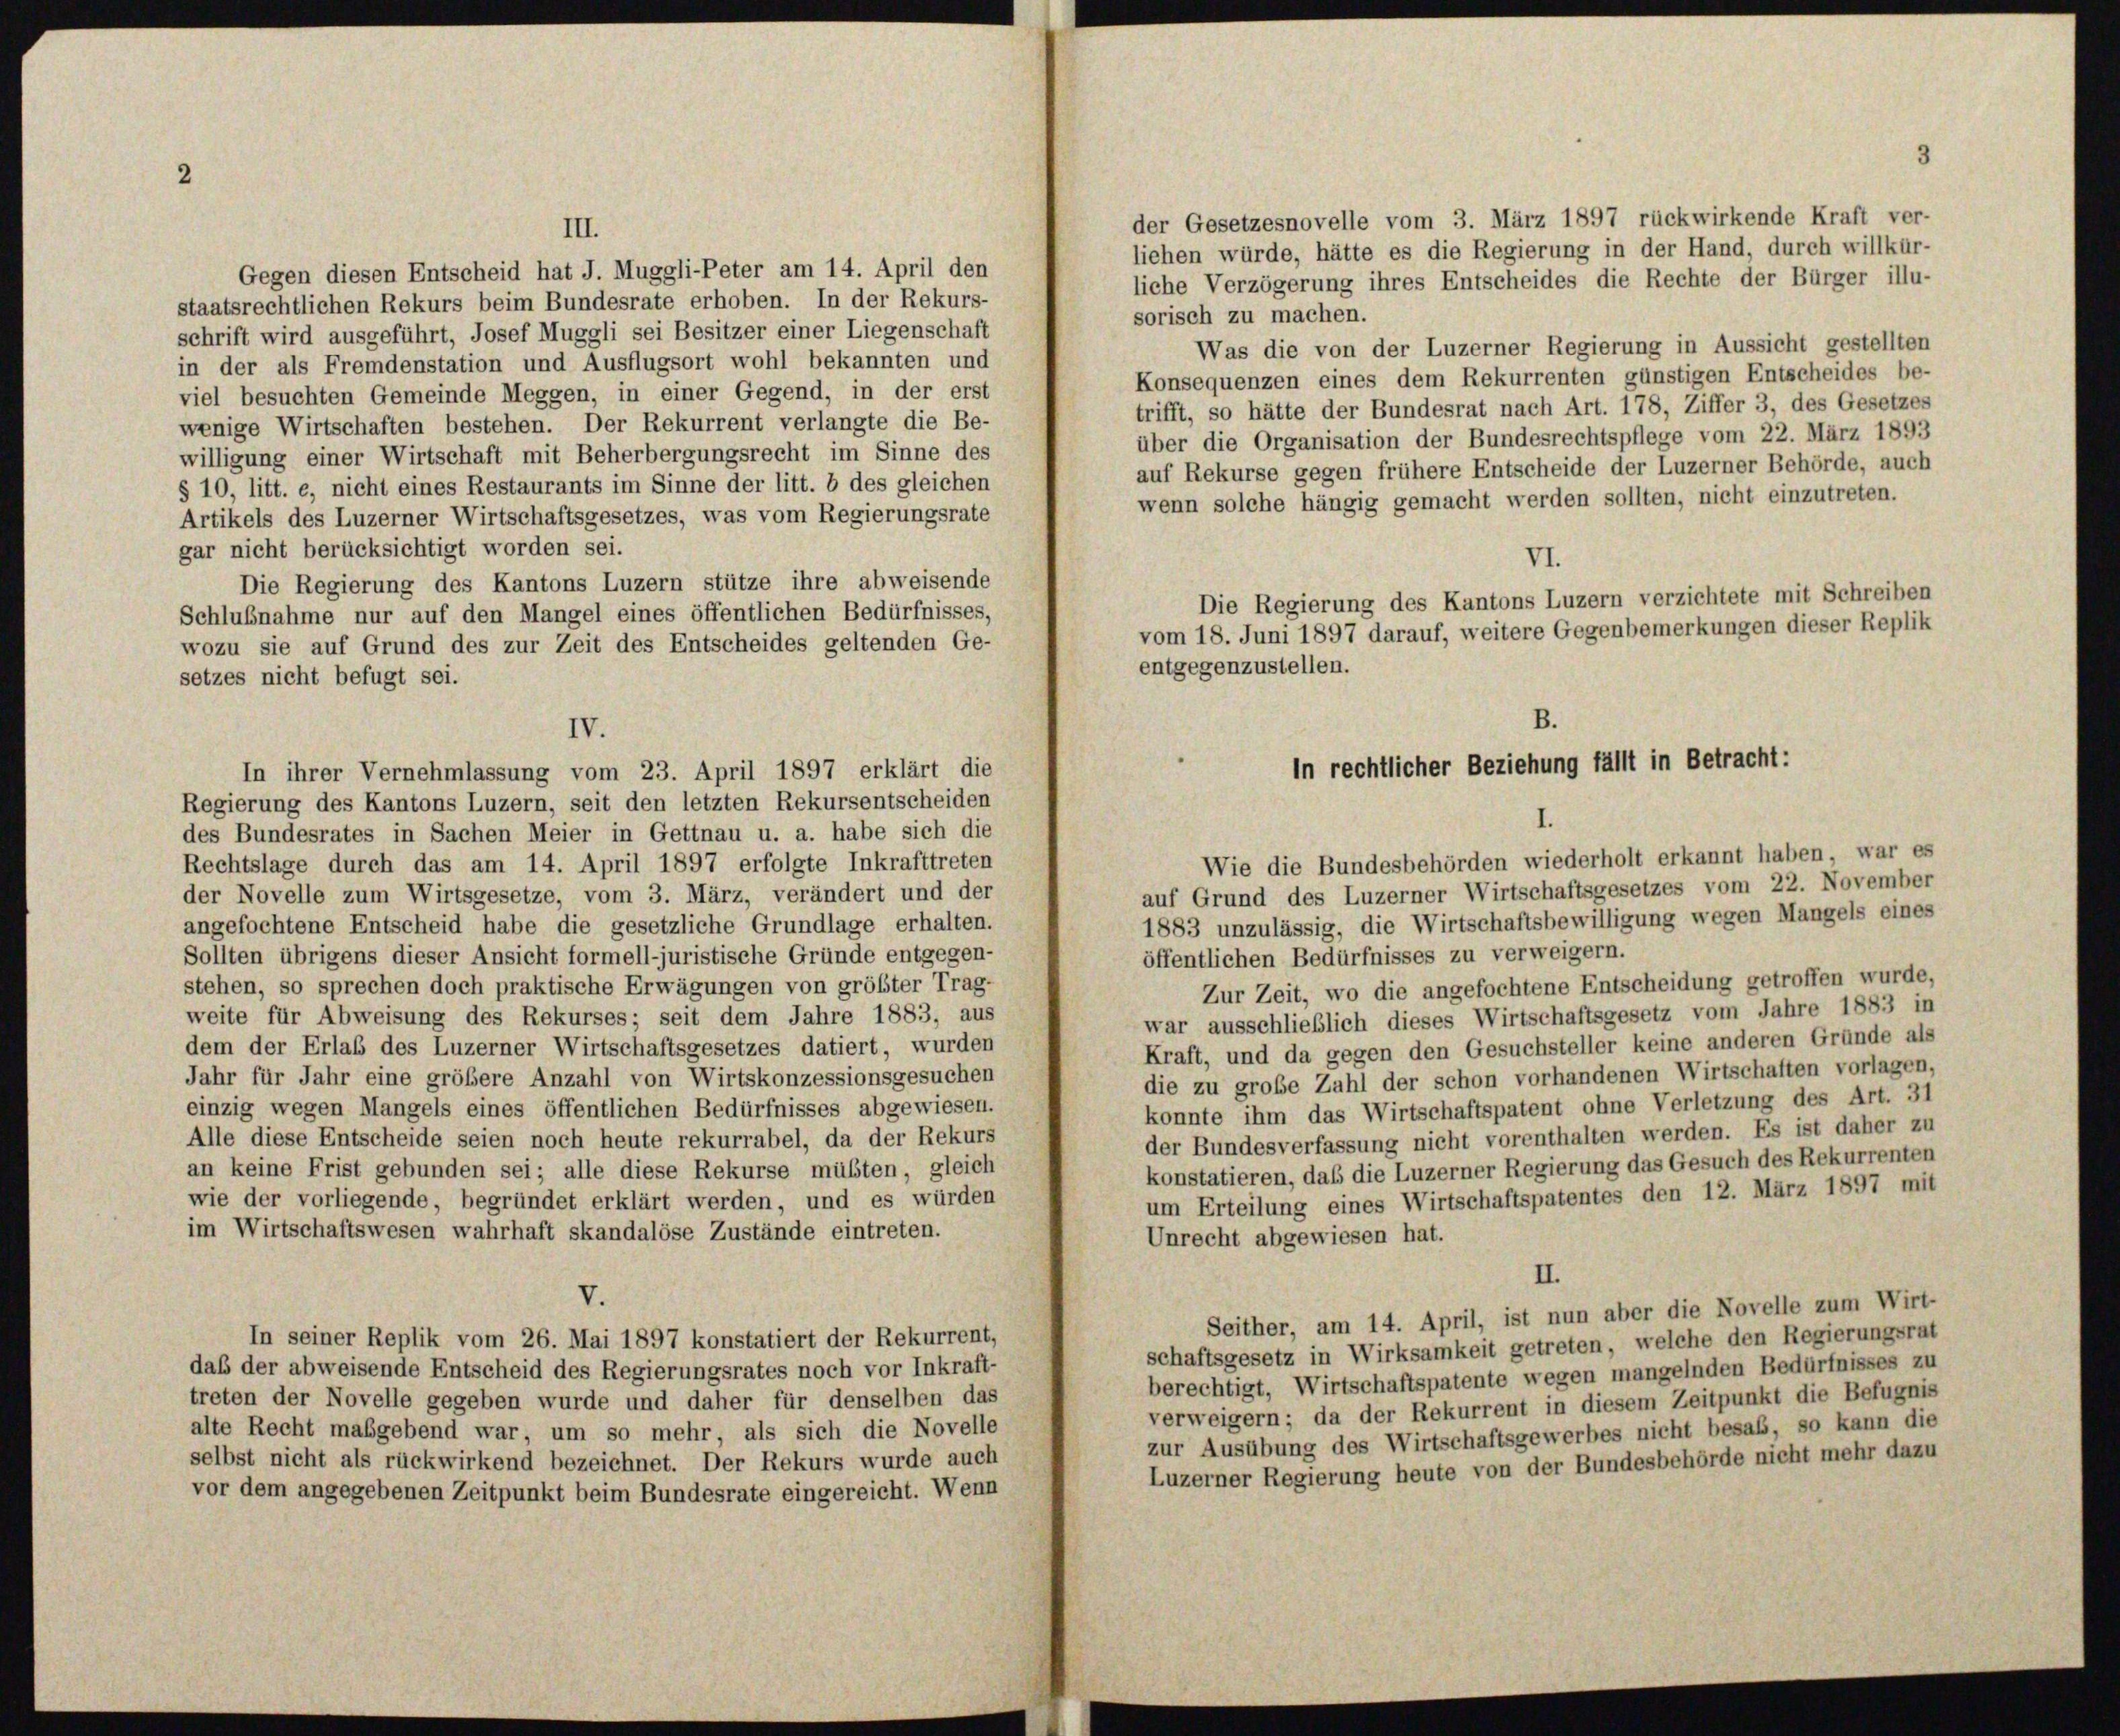
2

der Gesetzesnovelle vom 3. März 1897 rückwirkende Kraft ver-
III.
liehen würde, hätte es die Regierung in der Hand, durch willkür-
Gegen diesen Entscheid hat J. Muggli-Peter am 14. April den
liche Verzögerung ihres Entscheides die Rechte der Bürger illu-
staatsrechtlichen Rekurs beim Bundesrate erhoben. In der Rekurs-
sorisch zu machen.
schrift wird ausgeführt, Josef Muggli sei Besitzer einer Liegenschaft
Was die von der Luzerner Regierung in Aussicht gestellten
in der als Fremdenstation und Ausflugsort wohl bekannten und
Konsequenzen eines dem Rekurrenten günstigen Entscheides be-
viel besuchten Gemeinde Meggen, in einer Gegend, in der erst
trifft, so hätte der Bundesrat nach Art. 178, Ziffer 3, des Gesetzes
wenige Wirtschaften bestehen. Der Rekurrent verlangte die Be-
über die Organisation der Bundesrechtspflege vom 22. März 1893
willigung einer Wirtschaft mit Beherbergungsrecht im Sinne des
auf Rekurse gegen frühere Entscheide der Luzerner Behörde, auch
§ 10, litt. e, nicht eines Restaurants im Sinne der litt. b des gleichen
wenn solche hängig gemacht werden sollten, nicht einzutreten.
Artikels des Luzerner Wirtschaftsgesetzes, was vom Regierungsrate
gar nicht berücksichtigt worden sei.
VI.
Die Regierung des Kantons Luzern stütze ihre abweisende
Die Regierung des Kantons Luzern verzichtete mit Schreiben
Schlußnahme nur auf den Mangel eines öffentlichen Bedürfnisses,
vom 18. Juni 1897 darauf, weitere Gegenbemerkungen dieser Replik
wozu sie auf Grund des zur Zeit des Entscheides geltenden Ge-
entgegenzustellen.
setzes nicht befugt sei.
IV.
In ihrer Vernehmlassung vom 23. April 1897 erklärt die
Regierung des Kantons Luzern, seit den letzten Rekursentscheiden
des Bundesrates in Sachen Meier in Gettnau u. a. habe sich die
Wie die Bundesbehörden wiederholt erkannt haben, war es
Rechtslage durch das am 14. April 1897 erfolgte Inkrafttreten
auf Grund des Luzerner Wirtschaftsgesetzes vom 22. November
der Novelle zum Wirtsgesetze, vom 3. März, verändert und der
1883 unzulässig, die Wirtschaftsbewilligung wegen Mangels eines
angefochtene Entscheid habe die gesetzliche Grundlage erhalten.
öffentlichen Bedürfnisses zu verweigern.
Sollten übrigens dieser Ansicht formell-juristische Gründe entgegen-
Zur Zeit, wo die angefochtene Entscheidung getroffen wurde,
stehen, so sprechen doch praktische Erwägungen von größter Trag-
war ausschließlich dieses Wirtschaftsgesetz vom Jahre 1883 in
weite für Abweisung des Rekurses; seit dem Jahre 1883, aus
dem der Erlaß des Luzerner Wirtschaftsgesetzes datiert, wurden
Kraft, und da gegen den Gesuchsteller keine anderen Gründe als
die zu große Zahl der schon vorhandenen Wirtschaften vorlagen
Jahr für Jahr eine größere Anzahl von Wirtskonzessionsgesuchen
konnte ihm das Wirtschaftspatent ohne Verletzung des Art. 31
einzig wegen Mangels eines öffentlichen Bedürfnisses abgewiesen.
der Bundesverfassung nicht vorenthalten werden. Es ist daher zu
Alle diese Entscheide seien noch heute rekurrabel, da der Rekurs
konstatieren, daß die Luzerner Regierung das Gesuch des Rekurrenten
an keine Frist gebunden sei; alle diese Rekurse müßten, gleich
um Erteilung eines Wirtschaftspatentes den 12. März 1897 mit
wie der vorliegende, begründet erklärt werden, und es würden
im Wirtschaftswesen wahrhaft skandalöse Zustände eintreten.
Unrecht abgewiesen hat.
II.
V.
Seither, am 14. April, ist nun aber die Novelle zum Wirt-
In seiner Replik vom 26. Mai 1897 konstatiert der Rekurrent,
schaftsgesetz in Wirksamkeit getreten, welche den Regierungsrat
daß der abweisende Entscheid des Regierungsrates noch vor Inkraft-
berechtigt, Wirtschaftspatente wegen mangelnden Bedürfnisses zu
treten der Novelle gegeben wurde und daher für denselben das
verweigern; da der Rekurrent in diesem Zeitpunkt die Befugnis
alte Recht maßgebend war, um so mehr, als sich die Novelle
zur Ausübung des Wirtschaftsgewerbes nicht besaß, so kann die
selbst nicht als rückwirkend bezeichnet. Der Rekurs wurde auch
Luzerner Regierung heute von der Bundesbehörde nicht mehr dazu
vor dem angegebenen Zeitpunkt beim Bundesrate eingereicht. Wenn

B.
In rechtlicher Beziehung fällt in Betracht:

3